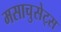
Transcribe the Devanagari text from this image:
मसाचुसेट्स